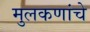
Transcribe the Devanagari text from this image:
मुलकणांचे